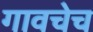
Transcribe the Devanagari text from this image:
गावचेच